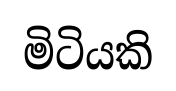
මිටියකි